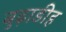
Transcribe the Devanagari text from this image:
बुढ़ाडीह